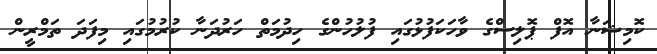
ކޮމިޝަނާ އޮފް ޕޮލިސްގެ ވާހަކަފުޅުގައި ފުލުހުންގެ ހިދުމަތް ހަރުދަނާ ކުރުމުގައި މިފަދަ ތަމްރީން